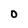
Character: O